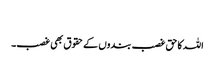
​
اللہ کا حق غصب بندوں کے حقوق بھی غصب۔